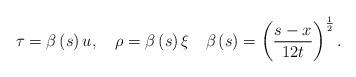
LaTeX: \begin{align*}\tau=\beta\left( s\right) u,\quad\rho=\beta\left( s\right) \xi\quad\beta\left( s\right) =\left( \frac{s-x}{12t}\right)^{\frac{1}{2}}.\end{align*}